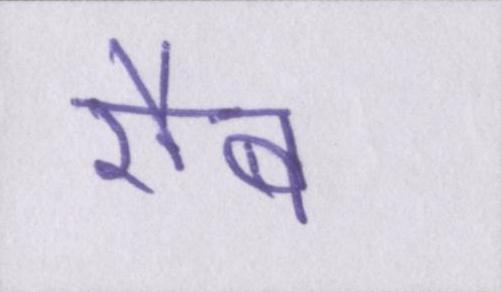
रौब